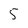
Character: 5